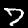
Label: 7